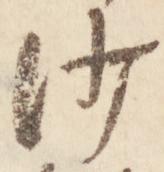
沙